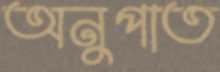
অনুপাত